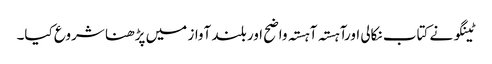
ٹینگو نے کتاب نکالی اورآہستہ آہستہ واضح اور بلند آواز میں پڑھنا شروع کیا۔